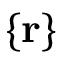
\{ { \bf r } \}